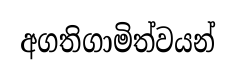
අගතිගාමිත්වයන්